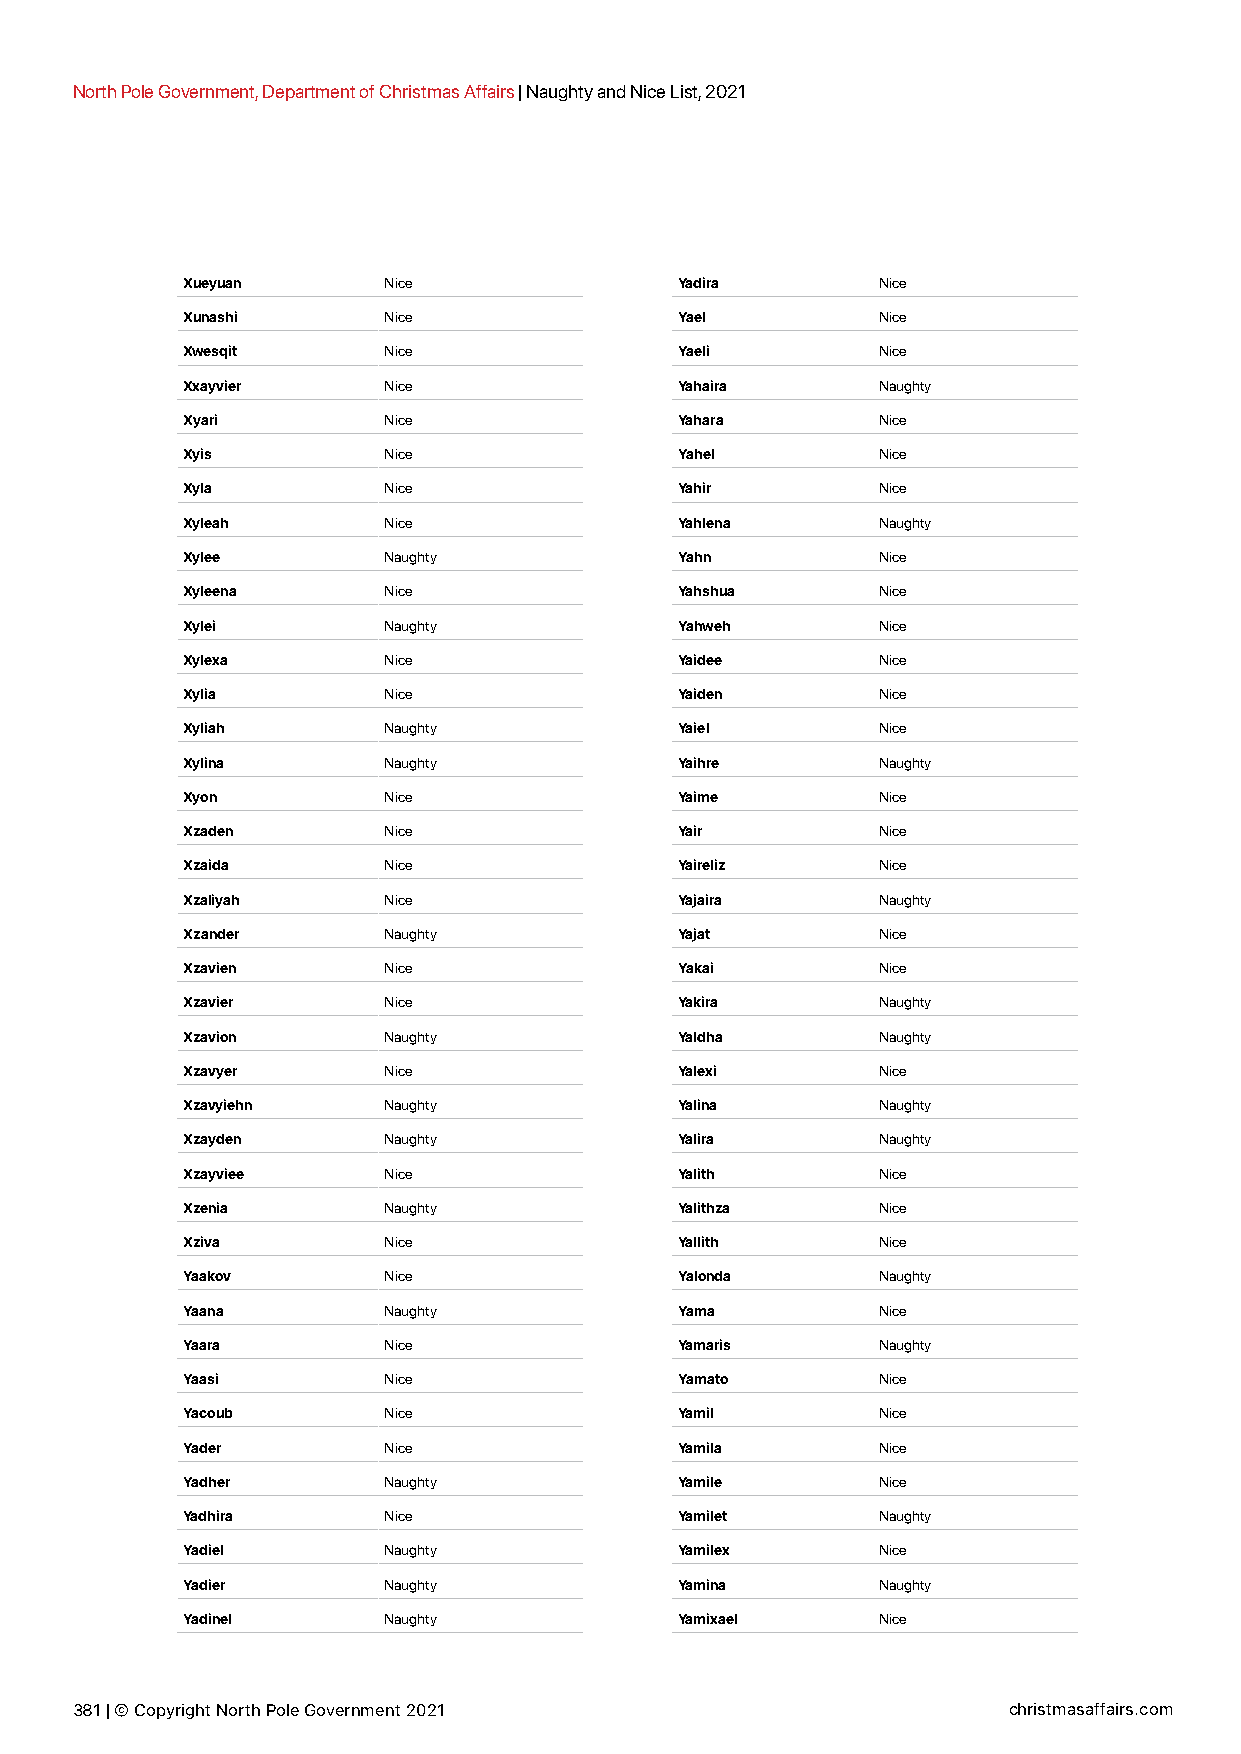
North Pole Government, Department of Christmas Affairs | Naughty and Nice List, 2021
 Xueyuan      Nice                Yadira       Nice
 Xunashi      Nice                Yael         Nice
 Xwesqit      Nice                Yaeli        Nice
 Xxayvier     Nice                Yahaira      Naughty
 Xyari        Nice                Yahara       Nice
 Xyis         Nice                Yahel        Nice
 Xyla         Nice                Yahir        Nice
 Xyleah       Nice                Yahlena      Naughty
 Xylee        Naughty             Yahn         Nice
 Xyleena      Nice                Yahshua      Nice
 Xylei        Naughty             Yahweh       Nice
 Xylexa       Nice                Yaidee       Nice
 Xylia        Nice                Yaiden       Nice
 Xyliah       Naughty             Yaiel        Nice
 Xylina       Naughty             Yaihre       Naughty
 Xyon         Nice                Yaime        Nice
 Xzaden       Nice                Yair         Nice
 Xzaida       Nice                Yaireliz     Nice
 Xzaliyah     Nice                Yajaira      Naughty
 Xzander      Naughty             Yajat        Nice
 Xzavien      Nice                Yakai        Nice
 Xzavier      Nice                Yakira       Naughty
 Xzavion      Naughty             Yaldha       Naughty
 Xzavyer      Nice                Yalexi       Nice
 Xzavyiehn    Naughty             Yalina       Naughty
 Xzayden      Naughty             Yalira       Naughty
 Xzayviee     Nice                Yalith       Nice
 Xzenia       Naughty             Yalithza     Nice
 Xziva        Nice                Yallith      Nice
 Yaakov       Nice                Yalonda      Naughty
 Yaana        Naughty             Yama         Nice
 Yaara        Nice                Yamaris      Naughty
 Yaasi        Nice                Yamato       Nice
 Yacoub       Nice                Yamil        Nice
 Yader        Nice                Yamila       Nice
 Yadher       Naughty             Yamile       Nice
 Yadhira      Nice                Yamilet      Naughty
 Yadiel       Naughty             Yamilex      Nice
 Yadier       Naughty             Yamina       Naughty
 Yadinel      Naughty             Yamixael     Nice
 381 | © Copyright North Pole Government 2021                  christmasaffairs.com